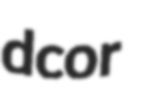
dcor